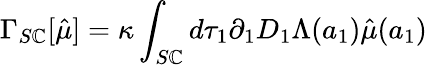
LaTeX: \Gamma_{S\mathbb{C}}[\hat{{\mu}}]=\kappa\int_{S\mathbb{C}}d\tau_{1}\partial_{1}D_{1}\Lambda(a_{1})\hat{{\mu}}(a_{1})